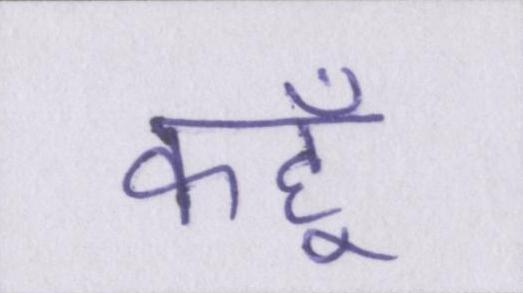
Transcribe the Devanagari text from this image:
कहूँ